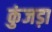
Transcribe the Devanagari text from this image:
कुंजड़ा